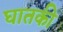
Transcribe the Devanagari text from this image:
घातकी